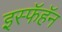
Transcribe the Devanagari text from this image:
इस्फॅहॅन